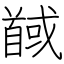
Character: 馘